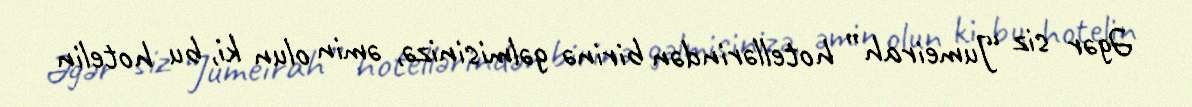
Əgər siz “Jumeirah” hotellərindən birinə gəlmisinizə, əmin olun ki, bu hotelin